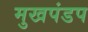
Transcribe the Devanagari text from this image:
मुखपंडप